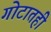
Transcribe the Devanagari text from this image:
गोटातही